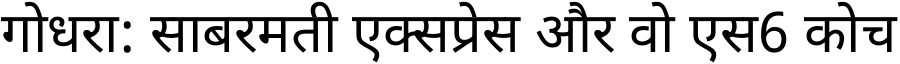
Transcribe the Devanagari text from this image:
गोधरा: साबरमती एक्सप्रेस और वो एस6 कोच